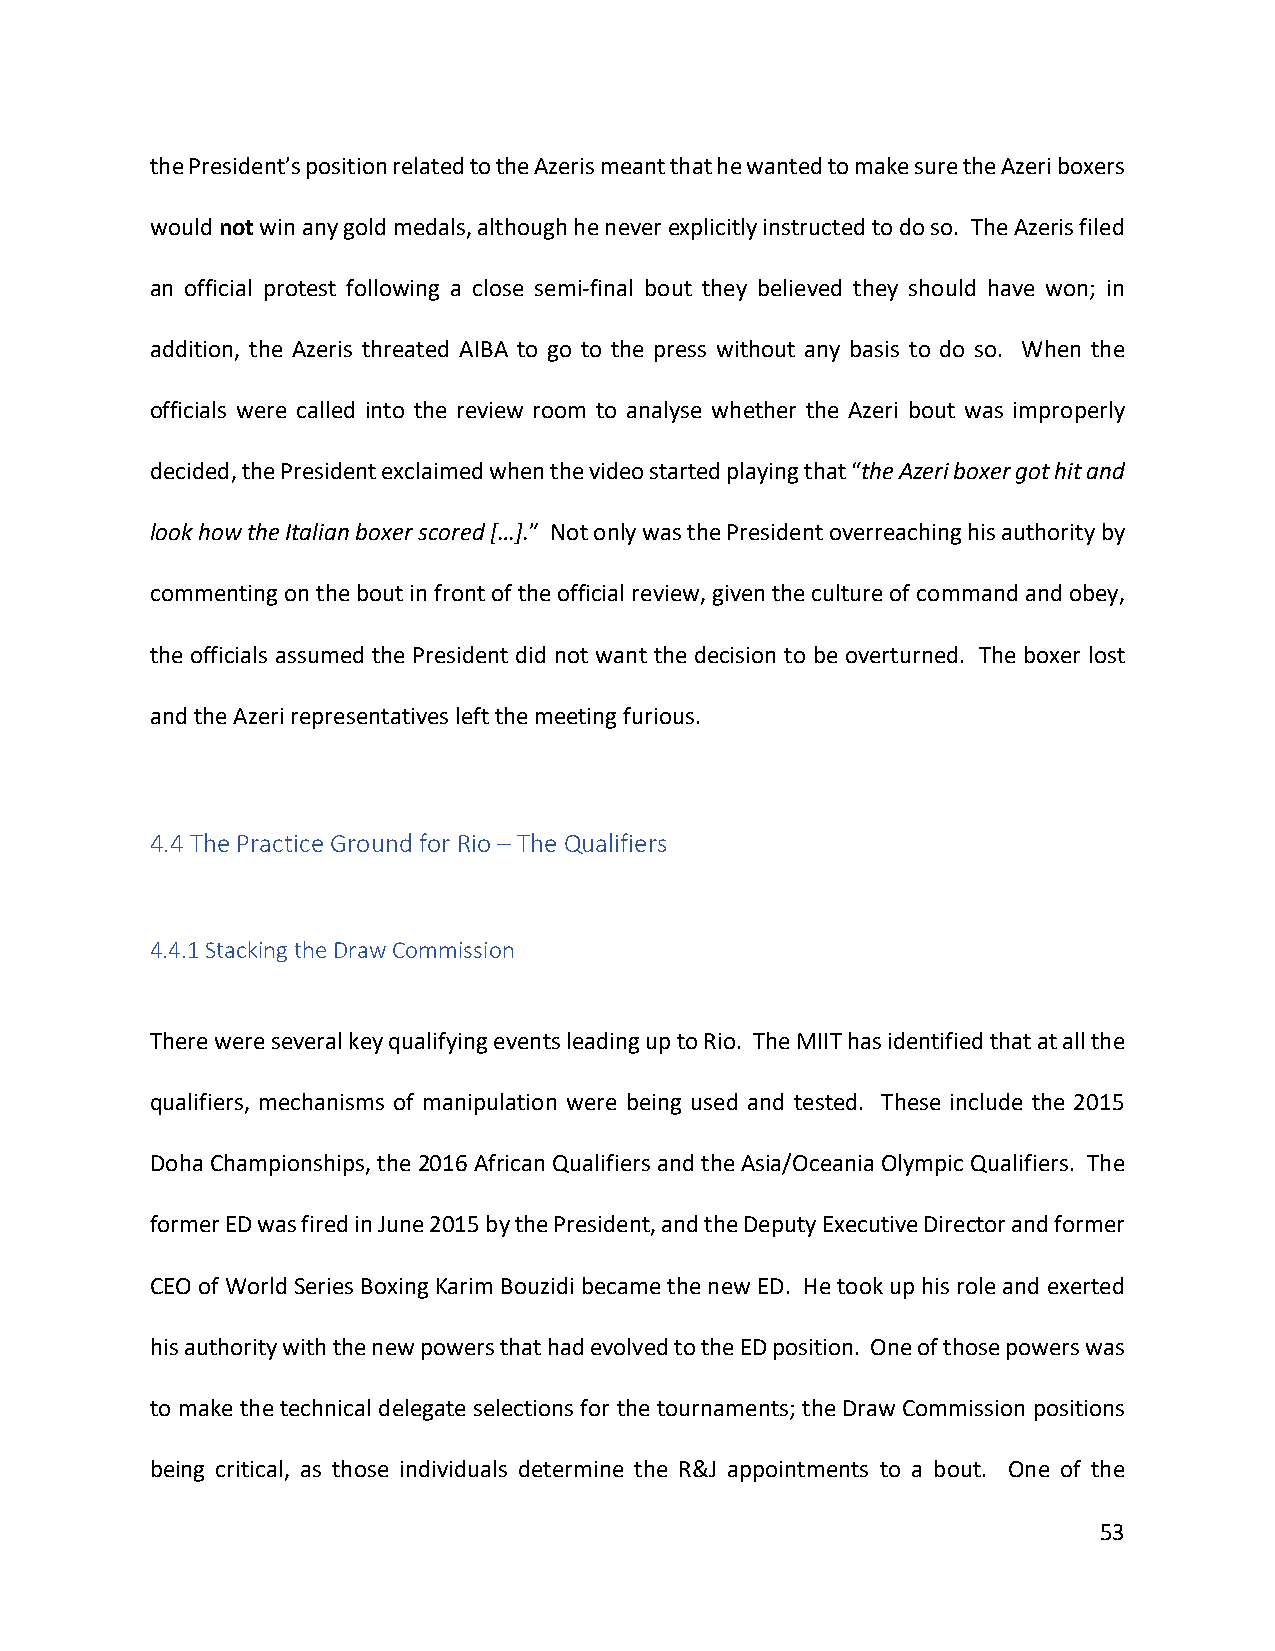
the President’s position related to the Azeris meant that he wanted to make sure the Azeri boxers
 would not win any gold medals, although he never explicitly instructed to do so. The Azeris filed
 an official protest following a close semi-final bout they believed they should have won; in
 addition, the Azeris threated AIBA to go to the press without any basis to do so. When the
 officials were called into the review room to analyse whether the Azeri bout was improperly
 decided, the President exclaimed when the video started playing that “the Azeri boxer got hit and
 look how the Italian boxer scored […].” Not only was the President overreaching his authority by
 commenting on the bout in front of the official review, given the culture of command and obey,
 the officials assumed the President did not want the decision to be overturned. The boxer lost
 and the Azeri representatives left the meeting furious.
 4.4 The Practice Ground for Rio – The Qualifiers
 4.4.1 Stacking the Draw Commission
 There were several key qualifying events leading up to Rio. The MIIT has identified that at all the
 qualifiers, mechanisms of manipulation were being used and tested. These include the 2015
 Doha Championships, the 2016 African Qualifiers and the Asia/Oceania Olympic Qualifiers. The
 former ED was fired in June 2015 by the President, and the Deputy Executive Director and former
 CEO of World Series Boxing Karim Bouzidi became the new ED. He took up his role and exerted
 his authority with the new powers that had evolved to the ED position. One of those powers was
 to make the technical delegate selections for the tournaments; the Draw Commission positions
 being critical, as those individuals determine the R&J appointments to a bout. One of the
 53